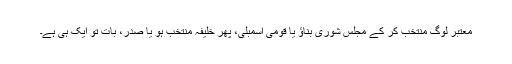
معتبر لوگ منتخب کر کے مجلس شوری بناؤ یا قومی اسمبلی، پھر خلیفہ منتخب ہو یا صدر، بات تو ایک ہی ہے۔